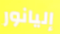
إليانور